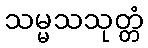
သမ္မသသုတ္တံ